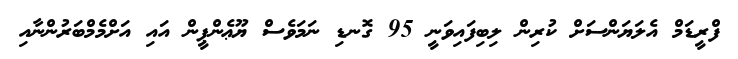
ފްރީޑަމް އެލަޔަންސަށް ކުރިން ލިބިފައިވަނީ 95 ގޮނޑި ނަމަވެސް ޔޫޢެންޕީން އައި އަށްމެމްބަރުންނާއި